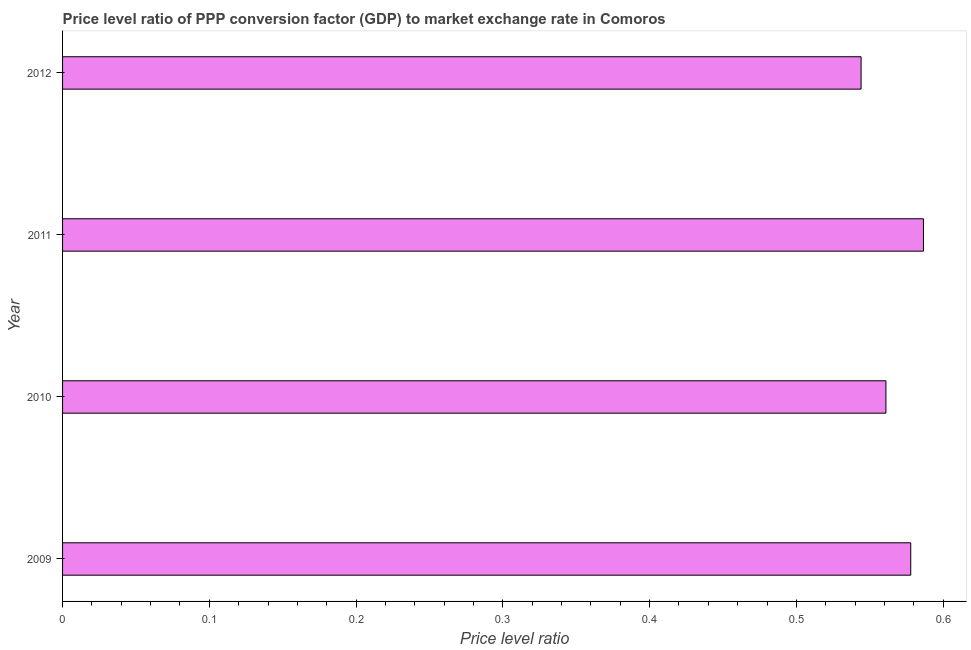
| Year | Price level ratio |
 | --- | --- |
 | 2009 | 0.578 |
 | 2010 | 0.561 |
 | 2011 | 0.587 |
 | 2012 | 0.544 |